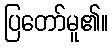
ပြတော်မူ၏။